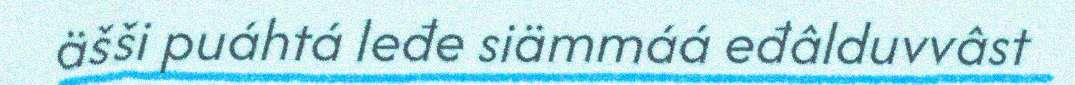
äšši puáhtá leđe siämmáá eđâlduvvâst